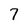
Character: 7